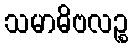
သမာဓိဗလဉ္စ